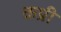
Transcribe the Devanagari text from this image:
कप्री